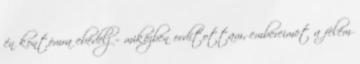
én kontómra ebédelj – miközben ordítottam, embereimet a felém